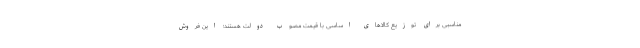
مناسبی برای توزیع کالاهای اساسی با قیمت مصوب دولت هستند؛ این فروش